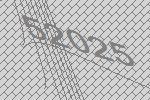
52025